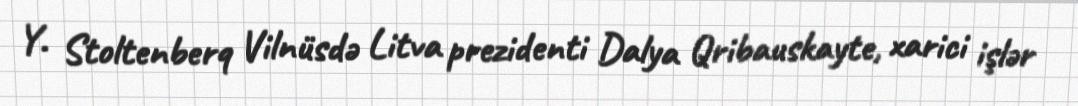
Y. Stoltenberq Vilnüsdə Litva prezidenti Dalya Qribauskayte, xarici işlər